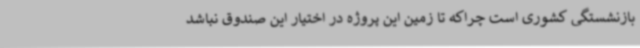
بازنشستگی کشوری است چراکه تا زمین این پروژه در اختیار این صندوق نباشد